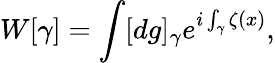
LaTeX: W[\gamma]=\int[dg]_{\gamma}e^{i\int_{\gamma}\zeta(x)},